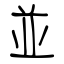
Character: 並